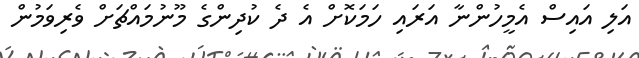
އަލި އައިސް އެމީހުންނާ އަރައި ހަމަކޮށް އެ ދެ ކުދިންގެ މޫނުމައްޗަށް ވެރިވަމުން